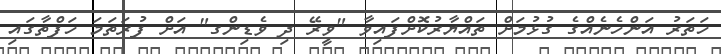
ހަތަރު އަންހެނެއްގެ ގުޅުމަށް ތައްޔާރުކޮށްފައިވާ "ވީރޭ ދި ވެޑިންގ" އަށް ފުރަތަމަ ހަފްތާގައި